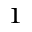
_ 1